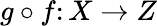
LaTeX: g\circ f\colon X\rightarrow Z